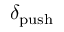
\ensuremath { \delta _ { \mathrm { p u s h } } }